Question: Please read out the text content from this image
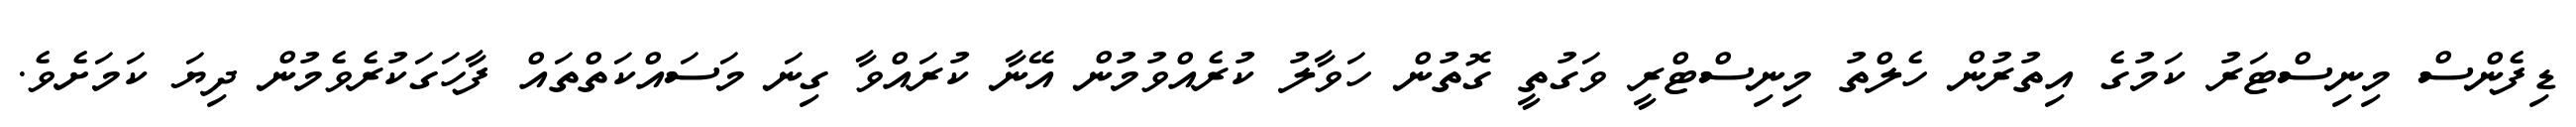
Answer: ޑިފެންސް މިނިސްޓަރު ކަމުގެ އިތުރުން ހެލްތު މިނިސްޓްރީ ވަގުތީ ގޮތުން ހަވާލު ކުރެއްވުމުން އޭނާ ކުރައްވާ ގިނަ މަސައްކަތްތައް ފާހަގަކުރެވެމުން ދިޔަ ކަމަށެވެ.